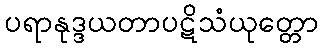
ပရာနုဒ္ဒယတာပဋိသံယုတ္တော